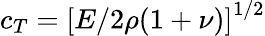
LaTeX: c_{T}=\left[E/2\rho(1+\nu)\right]^{1/2}